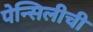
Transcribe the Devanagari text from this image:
पेन्सिलीची